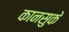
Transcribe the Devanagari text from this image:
कानसुके